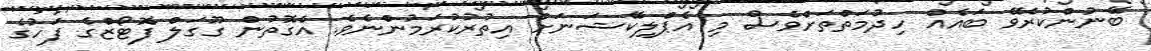
ބޭނުންކުރެވޭ ބައެއް ހިދުމަތްތަށްވެސް މި އެޕްލިކޭޝަނަށް އިތުރުކުރަމުންނެވެ. އެގޮތުން ގޫގަލް ފޮޓޯޒްގެ ފަހުގެ